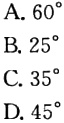
A. \(60^{\circ}\) B. \(25^{\circ}\) C. \(35^{\circ}\) D. \(45^{\circ}\)